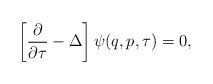
LaTeX: \begin{align*}\left[\frac{\partial }{\partial \tau}-\Delta \right]\psi(q,p,\tau)=0,\end{align*}